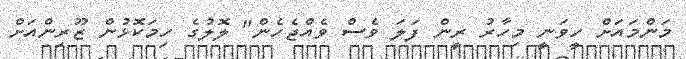
މަންމައަށް ހީވަނީ މިހާރު ރީން ފަލަ ވެސް ވެއްޖެހެން" ލޮލުގެ ހިމަކޮޅުން ޒޫރިންއަށް